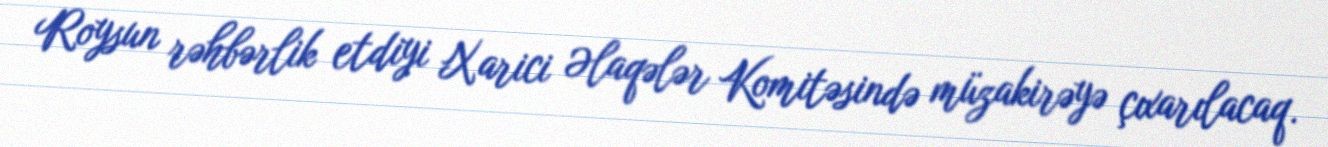
Roysun rəhbərlik etdiyi Xarici Əlaqələr Komitəsində müzakirəyə çıxarılacaq.